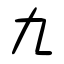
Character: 九